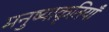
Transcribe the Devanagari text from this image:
मनुष्याकृतियाँ